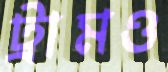
ট্রামও